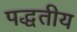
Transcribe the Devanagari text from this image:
पद्धतीय